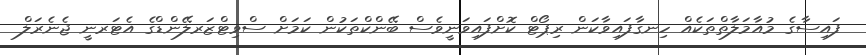
ފައިސާގެ މުއާމަލާތްތަކެއް ހިނގާފައިވާކަން ރިޕޯޓް ކޮށްފައިވަނީވެސް ބޭންކްތަކުން ކަމަށް ސްވިޓްޒަރލޭންޑްގެ އެޓަރނީ ޖެނެރަލް